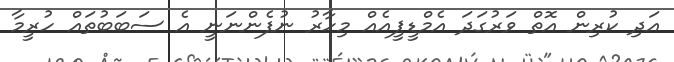
އަދި ކުރިން އޮތް ވަރުގަދަ އެމްޑީޕީއެއް މިހާރު ނުފެންނަނީ އެ ސަބަބުތައް ހުރީމާ